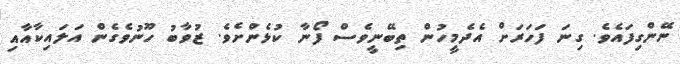
ނޭންގިފައެވެ. ގިނަ ފަހަރަށް އެދެމީހުން ތިބޭނީވެސް ފޯނާ ކުޅެންށެވެ. ޒުވާބު ހޫނުވެގެން އަލައިކާއާއި